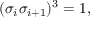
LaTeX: ( \sigma _ { i } \sigma _ { i + 1 } ) ^ { 3 } = 1 ,